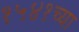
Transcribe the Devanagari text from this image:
१५४१च्या